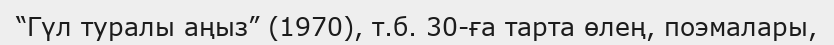
“Гүл туралы аңыз” (1970), т.б. 30-ға тарта өлең, поэмалары,